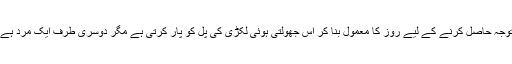
گاؤں کی سادہ سی لڑکی محض اس کی توجہ حاصل کرنے کے لیے روز کا معمول بنا کر اس جھولتی ہوئی لکڑی کی پُل کو پار کرتی ہے مگر دوسری طرف ایک مرد ہے جو اس کاتیسرا رنگ دیکھ ہی نہیں پاتا۔